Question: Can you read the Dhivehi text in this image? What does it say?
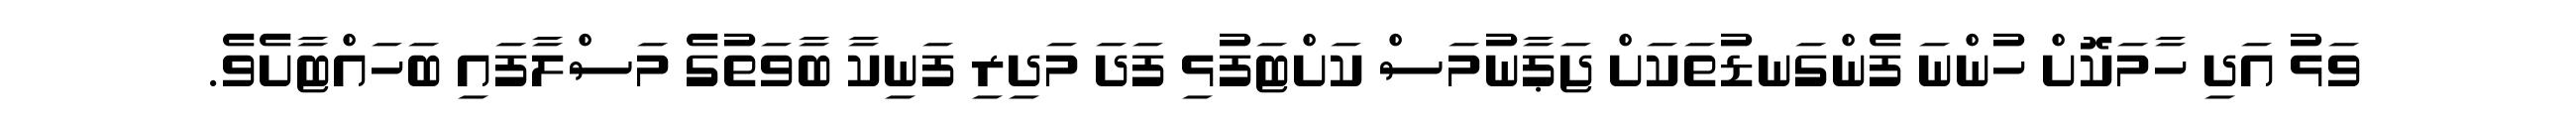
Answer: ވަޅު އަދި ހާމަކޮށް ހުންނަ ފެންގަނޑުތަކަށް ޖަޕާނުމަސް ކަށްޓަފުޅި ފަދަ މަދިރި ފަނިކާ ބާވަތުގެ މަސްލާފައި ބަހައްޓާށެވެ.